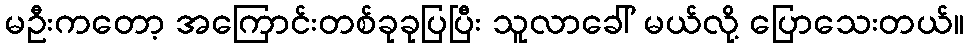
မဦးကတော့ အကြောင်းတစ်ခုခုပြပြီး သူလာခေါ် မယ်လို့ ပြောသေးတယ်။